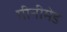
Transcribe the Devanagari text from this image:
गीनीमेड